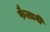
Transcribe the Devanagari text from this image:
फैलानी